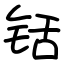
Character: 铦